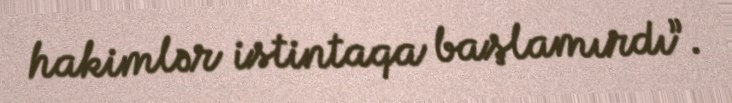
hakimlər istintaqa başlamırdı”.